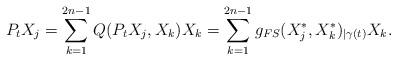
LaTeX: \begin{align*}\small P_t X_j = \sum_{ k = 1 }^{ 2 n - 1 } Q ( P_t X_j, X_k ) X_k = \sum_{ k = 1 }^{ 2 n - 1 } g_{ FS }( X_j^{ \ast }, X_k^{ \ast } )_{ \vert \gamma ( t ) } X_k.\end{align*}